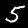
Label: 5